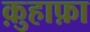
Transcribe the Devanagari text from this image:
क़ुहाफ़ा